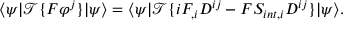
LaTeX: \langle \psi | { \mathcal { T } } \{ F \varphi ^ { j } \} | \psi \rangle = \langle \psi | { \mathcal { T } } \{ i F _ { , i } D ^ { i j } - F S _ { i n t , i } D ^ { i j } \} | \psi \rangle .